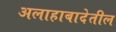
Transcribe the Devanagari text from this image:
अलाहाबादेतील